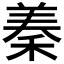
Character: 𮵣